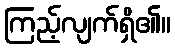
ကြည့်လျက်ရှိ၏။